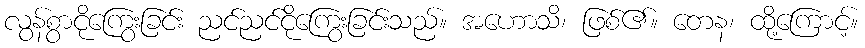
လွန်စွာငိုကြွေးခြင်း ညင်ညင်ငိုကြွေးခြင်းသည်။ အဟောသိ၊ ဖြစ်၏။ တေန၊ ထို့ကြောင့်။